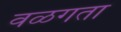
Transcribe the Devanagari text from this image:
वळगता